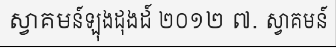
ស្វាគមន៍ឡុងដុងដ៍ ២០១២ ៧. ស្វាគមន៍